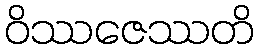
ဝိဿဇေဿတိ